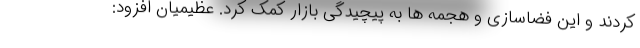
کردند و این فضاسازی و هجمه ها به پیچیدگی بازار کمک کرد. عظیمیان افزود: